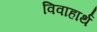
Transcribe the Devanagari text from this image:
विवाहार्थ